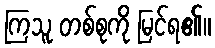
ကြသူ တစ်စုကို မြင်ရ၏။